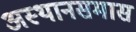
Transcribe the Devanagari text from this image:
अस्थानसमास